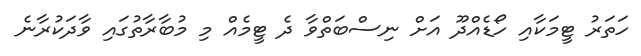
ހަތަރު ޓީމަކާއި ހޯޑެއްދޫ އަށް ނިސްބަތްވާ ދެ ޓީމެއް މި މުބާރާތުގައި ވާދަކުރާނެ